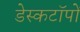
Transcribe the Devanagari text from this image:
डेस्कटॉपों